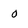
Character: 0